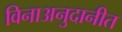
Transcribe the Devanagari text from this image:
विनाअनुदानीत